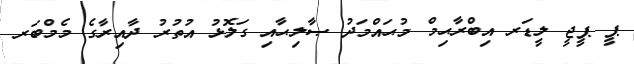
ޕީ ޕީޖީ ލީޑަރ އިބްރާޙިމް މުޙައްމަދު ޞާލިޙާއި ގަލޮޅު އުތުރު ދާއިރާގެ މެމްބަރ